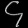
Digit: ၄